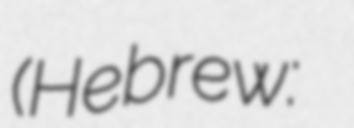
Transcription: (Hebrew: רוחמה